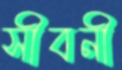
সীবনী